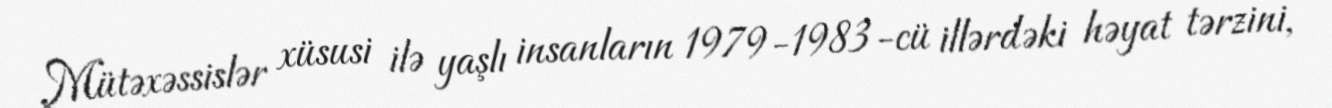
Mütəxəssislər xüsusi ilə yaşlı insanların 1979-1983-cü illərdəki həyat tərzini,